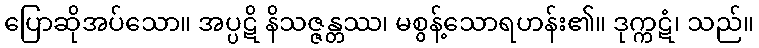
ပြောဆိုအပ်သော။ အပ္ပဋိ နိသဇ္ဇန္တဿ၊ မစွန့်သောရဟန်း၏။ ဒုက္ကဋံ၊ သည်။